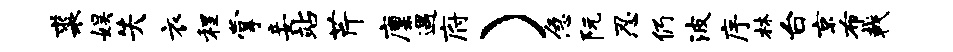
裘娱失衣程掌妾站芹廪遇府）急阮忍仍波序林台京布戟